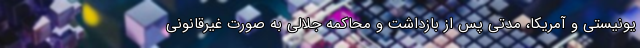
یونیستی و آمریکا، مدتی پس از بازداشت و محاکمه جلالی به صورت غیرقانونی